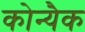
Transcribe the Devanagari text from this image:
कोन्यैक